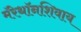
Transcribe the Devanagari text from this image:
मॅरेथॉनशिवाय